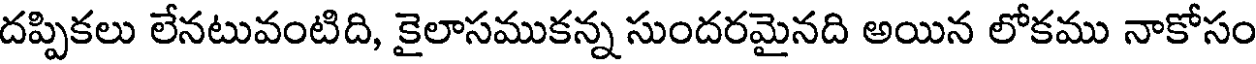
దప్పికలు లేనటువంటిది, కైలాసముకన్న సుందరమైనది అయిన లోకము నాకోసం